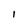
Character: l